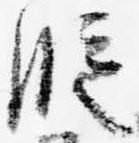
段